Annual report on the Civil Veterinary Department, Burma (including the Insein Veterinary School) - 1910-1922
Year: 1910
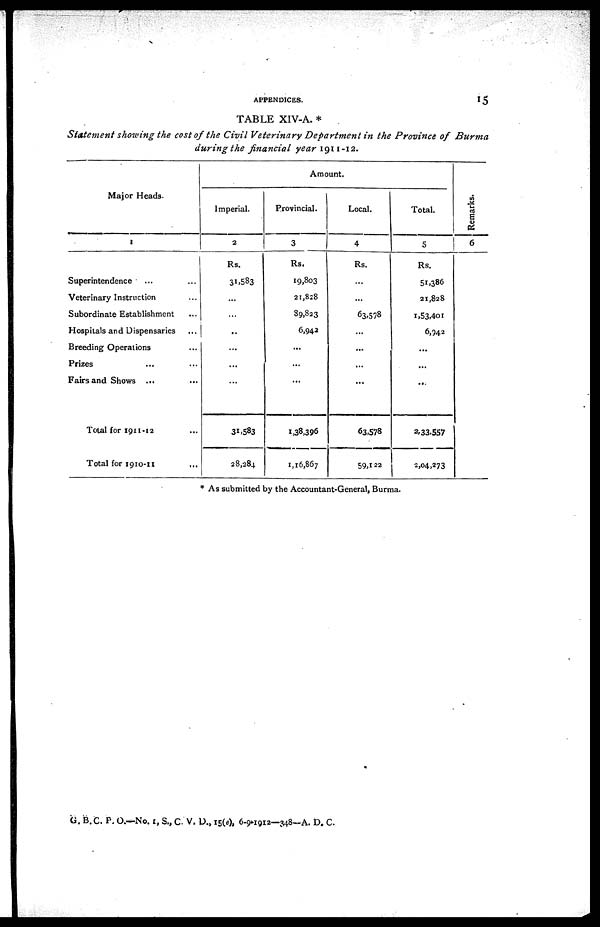
APPENDICES.
15
TABLE XIV-A. *
Statement showing the cost of the Civil Veterinary Department in the Province of Burma
during the financial year 1911-12.
Major Heads.
1
Superintendence ... ...
Veterinary Instruction ...
Subordinate Establishment ...
Hospitals and Dispensaries ...
Breeding Operations ...
Prizes ... ...
Fairs and Shows ... ...
Total for 1911-12 ...
Total for 1910-11 ...
Imperial.
2
Rs.
31,583
...
...
...
...
...
...
31,583
28,284
Amount,
Provincial.
3
Rs.
19,803
21,828
89,823
6,942
...
...
...
1,38,396
1,16,867
Local.
4
Rs.
...
...
63,578
...
...
...
...
63,578
59,122
Total.
5
Rs.
51,386
21,828
1,53,401
6,942
...
...
...
2,33.557
2,04,273
Remarks.
6
* As submitted by the Accountant-General, Burma.
G. B.C. P. O.—No. 1, S., C. V. D., 15(e), 6-9-1912—348—A. D. C.